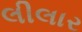
લીલાર